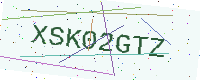
Text: XSK02GTZ